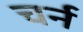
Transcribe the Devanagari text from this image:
चर्न